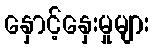
နှောင့်နှေးမှုများ